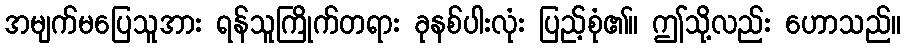
အမျက်မပြေသူအား ရန်သူကြိုက်တရား ခုနစ်ပါးလုံး ပြည့်စုံ၏။ ဤသို့လည်း ဟောသည်။